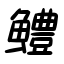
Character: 鱧